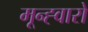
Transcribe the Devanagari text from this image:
मून्ह्वारो